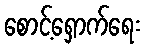
စောင့်ရှောက်ရေး